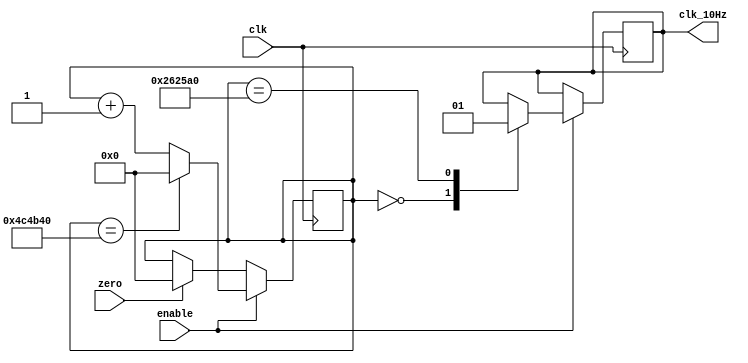
module gen_10Hz(input clk, input enable, input zero, output reg clk_10Hz);

reg [22:0] count;

initial count=0;

always @(posedge clk)
begin
	if(zero == 1)
		count <= 0;
	if(enable == 1)
	begin
		case(count)
			0:
			begin
				count <= count+1;
				clk_10Hz <= 0;
			end
			2500000:
			begin
				count <= count+1;
				clk_10Hz <= 1;
			end
			5000000:	count <= 0;
			default:	count <= count + 1;
		endcase
	end
end

endmodule